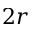
2 r